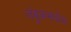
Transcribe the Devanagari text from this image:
जंबुकमध्येच